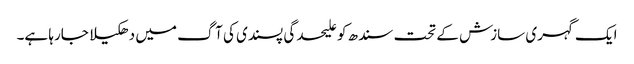
ایک گہری سازش کے تحت سندھ کو علیحدگی پسندی کی آگ میں دھکیلا جارہا ہے۔